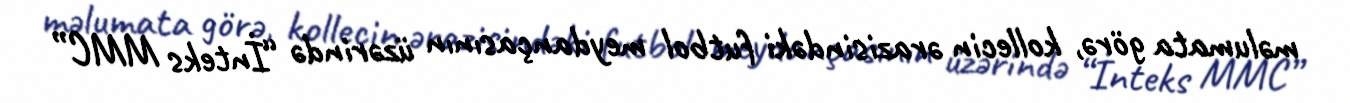
məlumata görə, kollecin ərazisindəki futbol meydançasının üzərində “İnteks MMC”